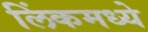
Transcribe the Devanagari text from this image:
लिंकमध्ये